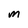
Character: M